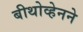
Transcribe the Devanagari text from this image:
बीथोव्हेनने